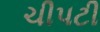
ચીપટી